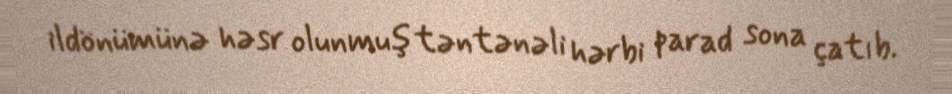
ildönümünə həsr olunmuş təntənəli hərbi parad sona çatıb.